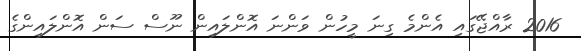
2016 ރާއްޖޭގައި އެންމެ ގިނަ މީހުން ވަންނަ އޮންލައިން ނޫސް ސަން އޮންލައިންގެ